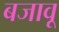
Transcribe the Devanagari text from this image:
बजावू